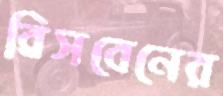
ব্রিসবেনের